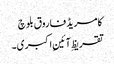
کامریڈ فاروق بلوچ
تقریظِ آئینِ اکبری۔